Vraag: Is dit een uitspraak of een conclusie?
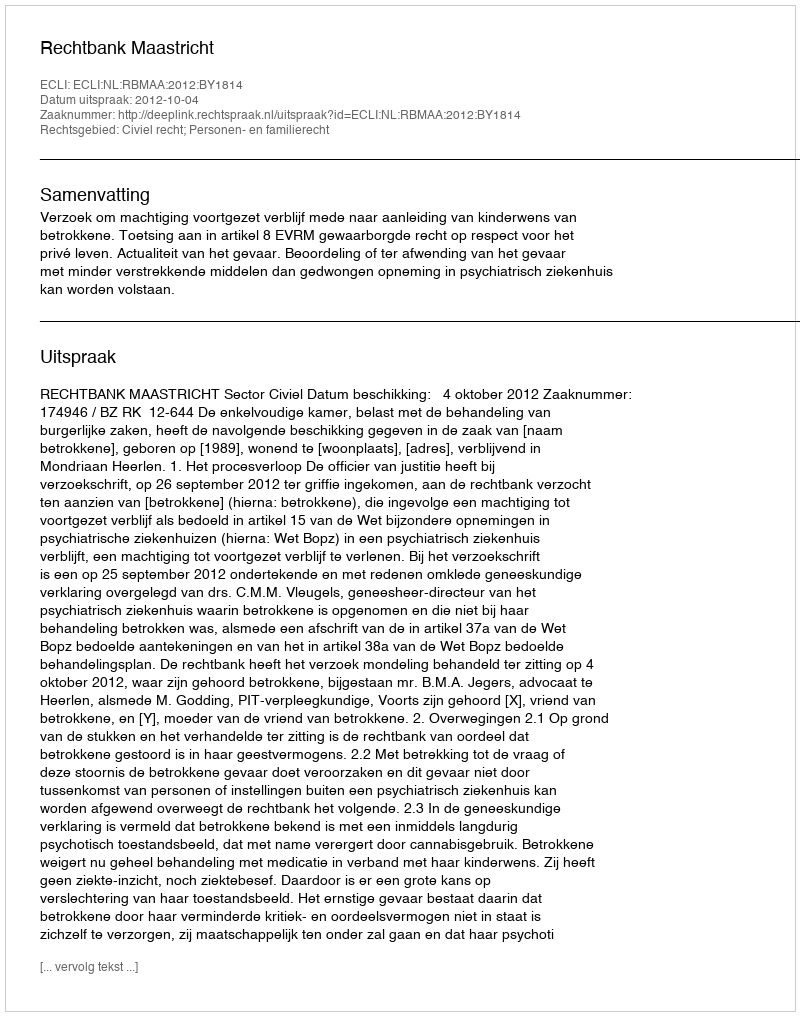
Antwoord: Uitspraak